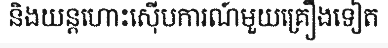
និងយន្តហោះស៊ើបការណ៍មួយគ្រឿងទៀត